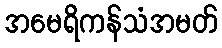
အမေရိကန်သံအမတ်